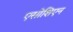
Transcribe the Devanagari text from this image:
एसोशिएन